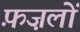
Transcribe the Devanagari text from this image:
फ़ज़लों